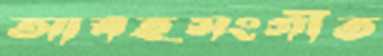
আবহসংগীত